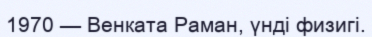
1970 — Венката Раман, үнді физигі.